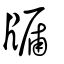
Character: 牖